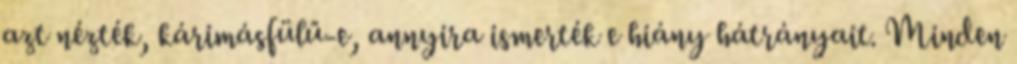
azt nézték, kárimásfülű-e, annyira ismerték e hiány hátrányait. Minden